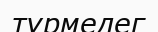
түрмедег